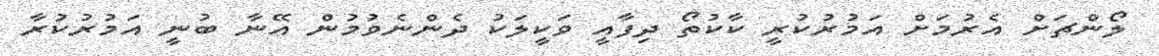
ލޯންޗަށް އެރުމަށް އަމުރުކުރީ ކާކުތޯ ދިފާއީ ވަކީލަކު ދެންނެވުމުން އޭނާ ބުނީ އަމުރުކުރާ